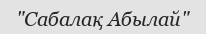
"Сабалақ Абылай"